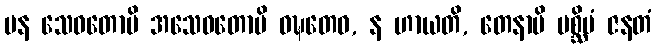
ပန သေဝတောပိ အသေဝတောပိ ဝဍ္ဎတေဝ, န ဟာယတိ, တေနာပိ ပစ္ဆိမံ ဇနတံ